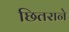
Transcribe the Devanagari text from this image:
छितराने